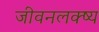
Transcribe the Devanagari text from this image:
जीवनलक्ष्य